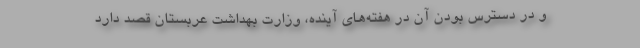
و در دسترس بودن آن در هفته‌های آینده، وزارت بهداشت عربستان قصد دارد